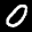
Label: 0